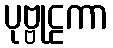
ပုဗ္ဗုဠကာ